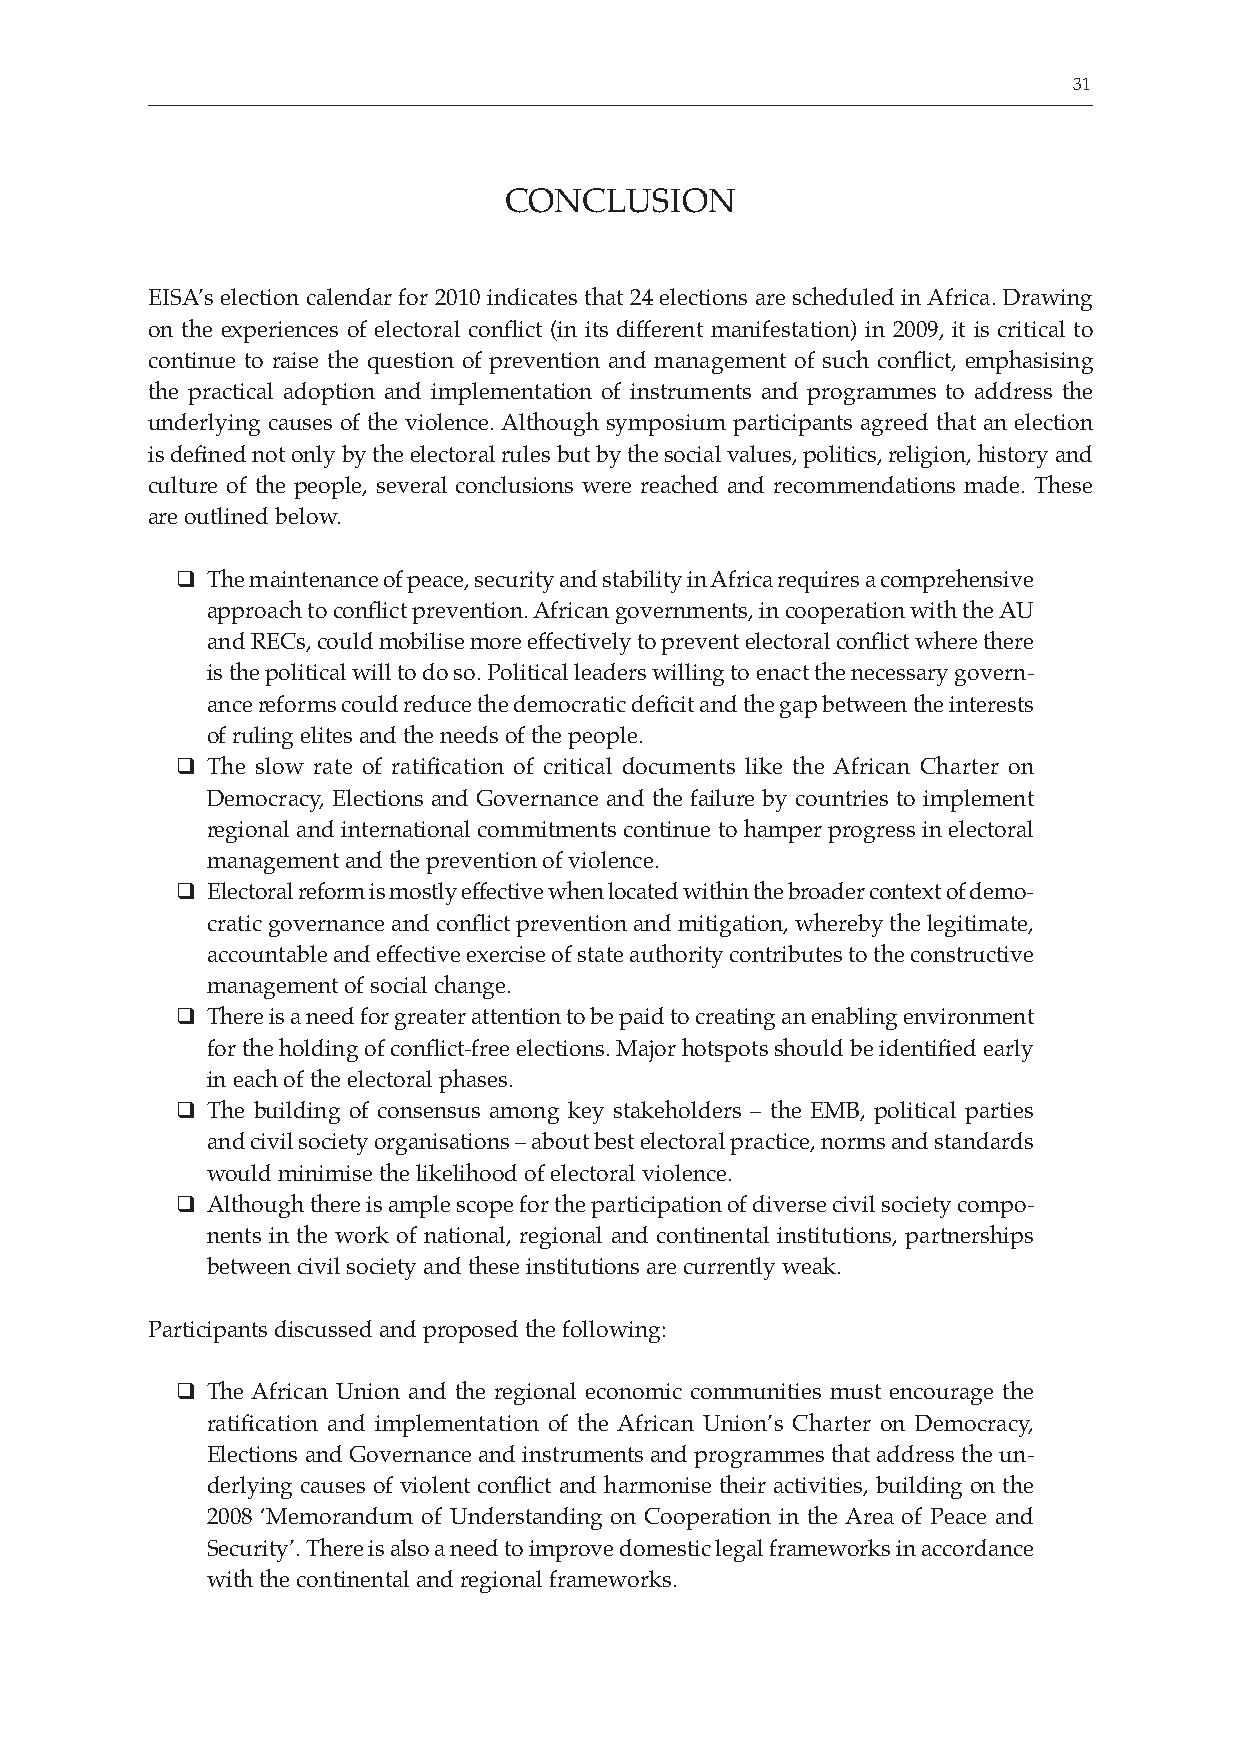
CONFERENCE PROCEEDINGS REPORT            31
 CONCLUSION
 EISA’s election calendar for 2010 indicates that 24 elections are scheduled in Africa. Drawing
 on the experiences of electoral conflict (in its different manifestation) in 2009, it is critical to
 continue to raise the question of prevention and management of such conflict, emphasising
 the practical adoption and implementation of instruments and programmes to address the
 underlying causes of the violence. Although symposium participants agreed that an election
 is defined not only by the electoral rules but by the social values, politics, religion, history and
 culture of the people, several conclusions were reached and recommendations made. These
 are outlined below.
 q
 The maintenance of peace, security and stability in Africa requires a comprehensive
 approach to conflict prevention. African governments, in cooperation with the AU
 and RECs, could mobilise more effectively to prevent electoral conflict where there
 is the political will to do so. Political leaders willing to enact the necessary govern-
 ance reforms could reduce the democratic deficit and the gap between the interests
 of ruling elites and the needs of the people.
 q
 The slow rate of ratification of critical documents like the African Charter on
 Democracy, Elections and Governance and the failure by countries to implement
 regional and international commitments continue to hamper progress in electoral
 management and the prevention of violence.
 q
 Electoral reform is mostly effective when located within the broader context of demo-
 cratic governance and conflict prevention and mitigation, whereby the legitimate,
 accountable and effective exercise of state authority contributes to the constructive
 management of social change.
 q
 There is a need for greater attention to be paid to creating an enabling environment
 for the holding of conflict-free elections. Major hotspots should be identified early
 in each of the electoral phases.
 q
 The building of consensus among key stakeholders – the EMB, political parties
 and civil society organisations – about best electoral practice, norms and standards
 would minimise the likelihood of electoral violence.
 q
 Although there is ample scope for the participation of diverse civil society compo-
 nents in the work of national, regional and continental institutions, partnerships
 between civil society and these institutions are currently weak.
 Participants discussed and proposed the following:
 q
 The African Union and the regional economic communities must encourage the
 ratification and implementation of the African Union’s Charter on Democracy,
 Elections and Governance and instruments and programmes that address the un-
 derlying causes of violent conflict and harmonise their activities, building on the
 2008 ‘Memorandum of Understanding on Cooperation in the Area of Peace and
 Security’. There is also a need to improve domestic legal frameworks in accordance
 with the continental and regional frameworks.